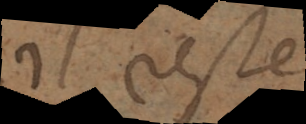
Il reste